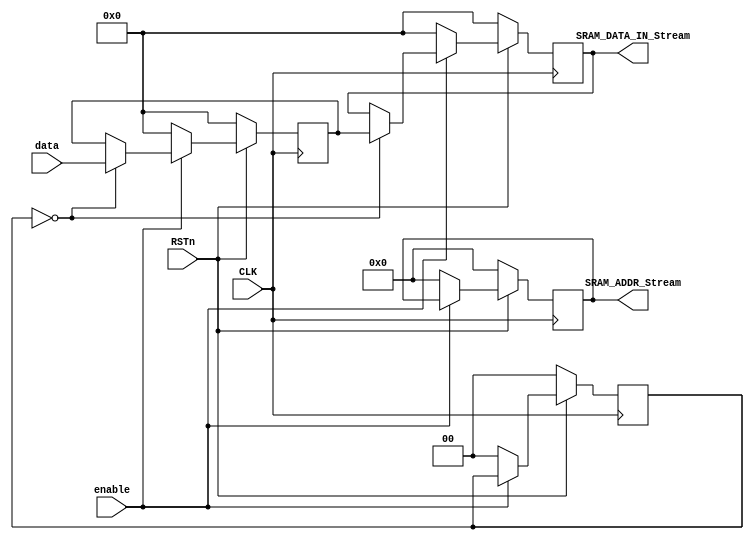
//////////////////////////////////////////////////////////////////////////////////
// Company:   
// Last Modified by:   Ruige_Lee
// Last Modified time: 2019-03-05 17:29:10
// Design Name:   
// Module Name: sram_init
// Project Name:   
// Target Devices:   
// Tool Versions:   
// Description:   
// 
// Dependencies:   
// 
// Revision:  
// Revision:    -   
// Additional Comments:  
// 
//////////////////////////////////////////////////////////////////////////////////

module sram_init (
	input CLK,    // Clock
	input RSTn,  // Asynchronous reset active low
	
	input enable,
	input [31:0] data,

	output reg [18:0] SRAM_ADDR_Stream,
	output reg [31:0] SRAM_DATA_IN_Stream
);

reg [1:0] selCnt;
reg [31:0] data_out;

always @(posedge CLK)begin

	if (!RSTn) begin
		SRAM_ADDR_Stream <= 19'b0;
		SRAM_DATA_IN_Stream  <= 32'b0;
		selCnt <= 2'b0;
		data_out <= 32'd0;
	end
	else begin
		if ( enable == 1'b0 ) begin 
			SRAM_ADDR_Stream <= 19'b0;
			SRAM_DATA_IN_Stream  <= 32'b0;
			selCnt <= 2'b0;
			data_out <= 32'd0;
		end

		else begin
			
			case (selCnt)
				2'b00:begin
//					selCnt <= 2'b01;
					SRAM_ADDR_Stream <= SRAM_ADDR_Stream;
					SRAM_DATA_IN_Stream <= data_out;
					data_out <= data;
				end
//				2'b01:begin
//					selCnt <= 2'b10;
//					SRAM_ADDR_Stream <= SRAM_ADDR_Stream;
//					SRAM_DATA_IN_Stream <= SRAM_DATA_IN_Stream;
//					data_out <= (data_out << 32 | (data));
//				end
//				2'b10:begin
//					selCnt <= 2'b11;
//					SRAM_ADDR_Stream <= SRAM_ADDR_Stream;
//					SRAM_DATA_IN_Stream <= SRAM_DATA_IN_Stream;
//					data_out <= (data_out << 32 | (data));
//				end
//				2'b01:begin
//					selCnt <= 2'b00;
//					SRAM_ADDR_Stream <= SRAM_ADDR_Stream + 19'd1;
//					SRAM_DATA_IN_Stream <= SRAM_DATA_IN_Stream;
//					data_out <= (data_out << 32 | (data));
//				end
			endcase // selCnt

		end
	end
end



endmodule